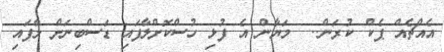
އެއްޗެއް ޕެކް ކުރަން..  މަޔާން އެ ފުޅި ހުސްކޮށްލާފައި ޑަސްބިނަށް ލާފައި